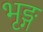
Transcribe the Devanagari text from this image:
भृङ्ग